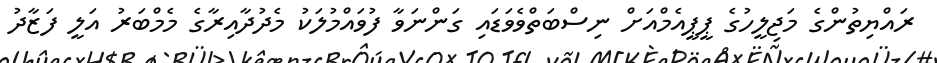
ރައްޔިތުންގެ މަޖިލީހުގެ ޕީޕީއެމްއަށް ނިސްބަތްވެވަޑައި ގަންނަވާ ފުވައްމުލަކު މެދުދާއިރާގެ މެމްބަރު އަލީ ފަޒާދު